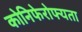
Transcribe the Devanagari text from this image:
कोनिफेरोफ्यता